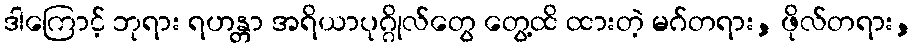
ဒါကြောင့် ဘုရား ရဟန္တာ အရိယာပုဂ္ဂိုလ်တွေ တွေ့ထိ ထားတဲ့ မဂ်တရား, ဖိုလ်တရား,